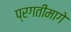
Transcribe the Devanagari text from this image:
प्रगतीमागे